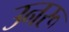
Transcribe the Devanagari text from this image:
उनरू